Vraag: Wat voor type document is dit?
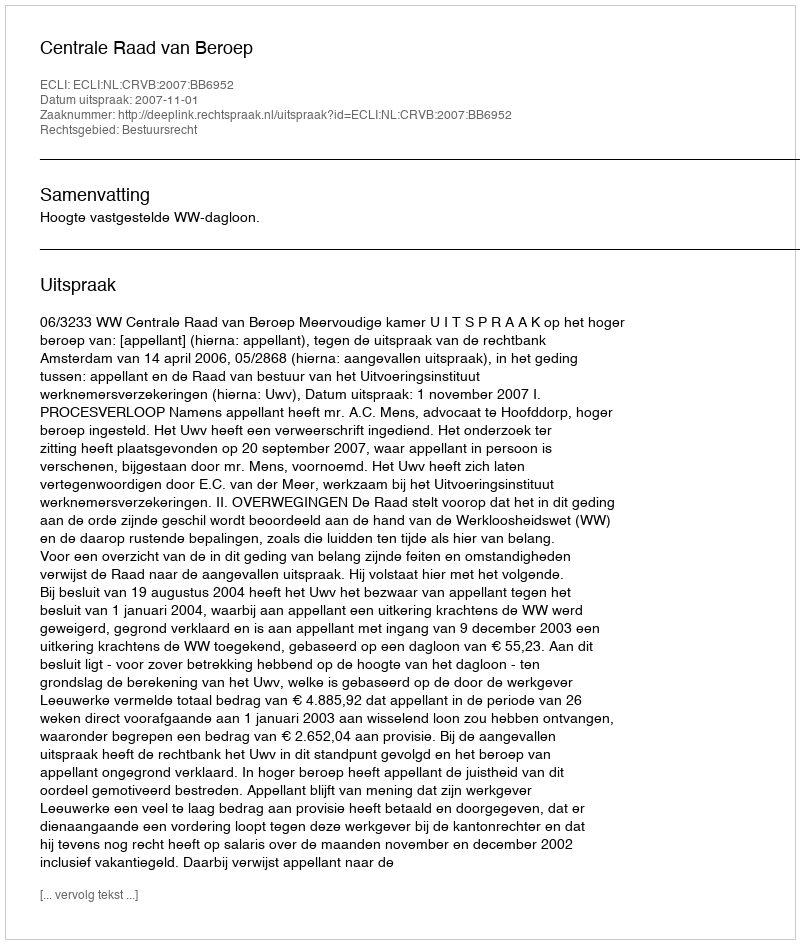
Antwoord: Uitspraak